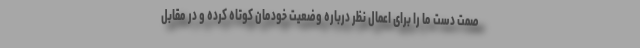
صمت دست ما را برای اعمال نظر درباره وضعیت خودمان کوتاه کرده و در مقابل